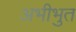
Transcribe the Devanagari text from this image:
अभीभुत